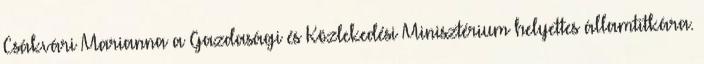
Csákvári Marianna a Gazdasági és Közlekedési Minisztérium helyettes államtitkára.